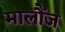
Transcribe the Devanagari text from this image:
मालौंज